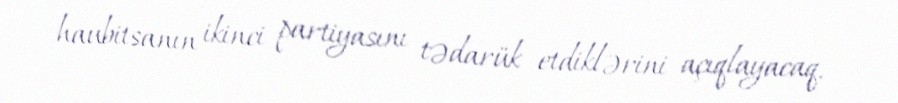
haubitsanın ikinci partiyasını tədarük etdiklərini açıqlayacaq.